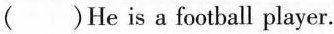
( )He is a football player.